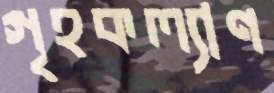
গৃহকল্যাণ